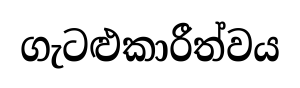
ගැටළුකාරීත්වය